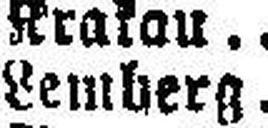
Lemberg